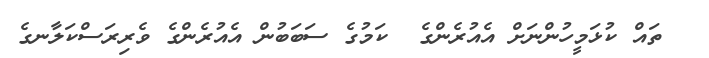
ތައް ކުޅަމީހުންނަށް އެއުރެންގެ  ކަމުގެ ސަބަބުން އެއުރެންގެ ވެރިރަސްކަލާނގެ